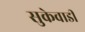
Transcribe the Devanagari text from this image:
सुकेवाडी